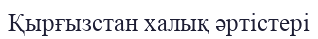
Қырғызстан халық әртістері